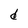
Character: d